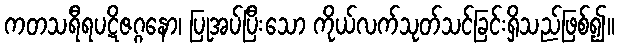
ကတသရီရပဋိဇဂ္ဂနော၊ ပြုအပ်ပြီးသော ကိုယ်လက်သုတ်သင်ခြင်းရှိသည်ဖြစ်၍။